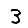
Digit: 3